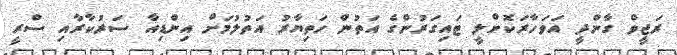
ރަޖީވް ގާންދީ އަވަހާރަކޮށްލީ ޓައިގަރުންގެ އަތުން ހަތިޔާރު އަތުލުމަށް އިންޑިއާ ސަރުކާރާއި ސްރީ